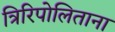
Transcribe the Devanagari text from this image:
त्रिरिपोलिताना